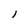
Character: l